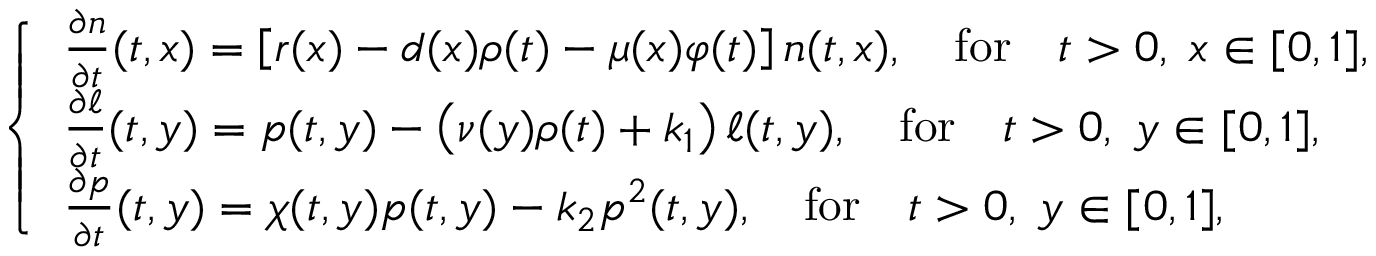
\left\{ \begin{array} { l l } { \frac { \partial n } { \partial t } ( t , x ) = \left[ r ( x ) - d ( x ) \rho ( t ) - \mu ( x ) \varphi ( t ) \right] n ( t , x ) , \quad \mathrm { f o r } \quad t > 0 , \; x \in [ 0 , 1 ] , } & \\ { \frac { \partial \ell } { \partial t } ( t , y ) = p ( t , y ) - \left( \nu ( y ) \rho ( t ) + k _ { 1 } \right) \ell ( t , y ) , \quad \mathrm { f o r } \quad t > 0 , \; y \in [ 0 , 1 ] , } & \\ { \frac { \partial p } { \partial t } ( t , y ) = \chi ( t , y ) p ( t , y ) - k _ { 2 } p ^ { 2 } ( t , y ) , \quad \mathrm { f o r } \quad t > 0 , \; y \in [ 0 , 1 ] , } \end{array} \right.